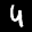
Label: 4